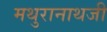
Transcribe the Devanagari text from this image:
मथुरानाथजी